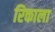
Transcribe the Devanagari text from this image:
रिकाला